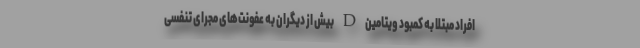
افراد مبتلا به کمبود ویتامین ‌D بیش از دیگران به عفونت‌های مجرای تنفسی